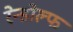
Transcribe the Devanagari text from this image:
रेन्डोल्फ